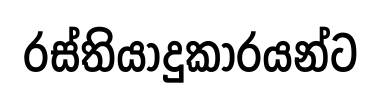
රස්තියාදුකාරයන්ට